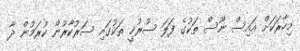
މިހާރަކަށް އައިސް ނޫސް ތަކުގެ ފަލަ ސުރުޚީ ތަކުގައި ސަރުކާރުން ކުރަަމުން ދާ